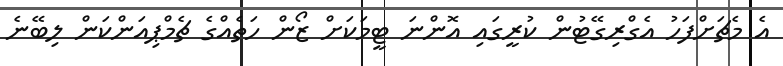
އެ މެޗަށްފަހު އެގްރިގޭޓުން ކުރީގައި އޮންނަ ޓީމަކަށް ޒޯން ހަތެއްގެ ޗެމްޕިއަންކަން ލިބޭނެ